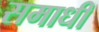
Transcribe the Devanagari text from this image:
समाधीं